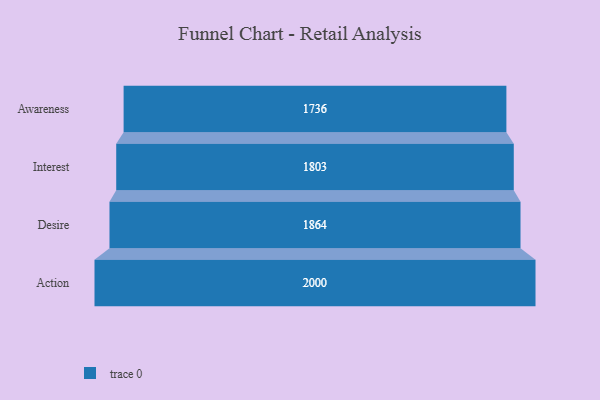
{"axis": {"x": "Stage", "y": "Value"}, "legend": [""], "data": [{"x": "Awareness", "y": 1736.0, "type": ""}, {"x": "Interest", "y": 1803.0, "type": ""}, {"x": "Desire", "y": 1864.0, "type": ""}, {"x": "Action", "y": 2000, "type": ""}]}